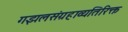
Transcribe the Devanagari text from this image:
गझलसंग्रहाव्यतिरिक्त